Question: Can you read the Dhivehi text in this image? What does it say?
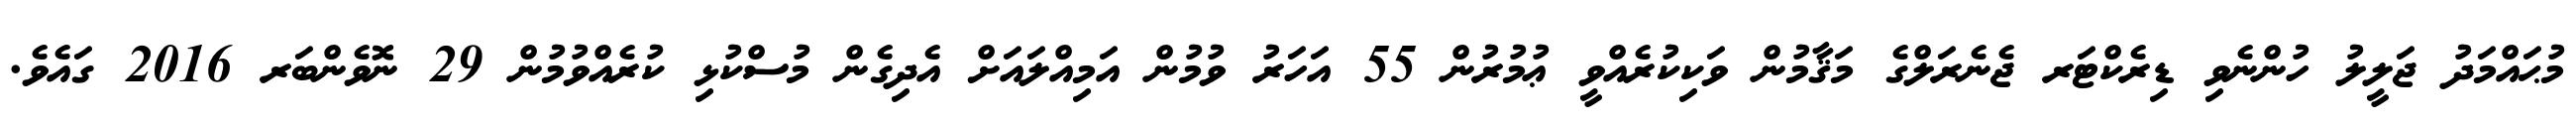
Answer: މުޙައްމަދު ޖަލީލު ހުންނެވި ޑިރެކްޓަރ ޖެނެރަލްގެ މަޤާމުން ވަކިކުރެއްވީ ޢުމުރުން 55 އަހަރު ވުމުން އަމިއްލައަށް އެދިގެން މުސްކުޅި ކުރެއްވުމުން 29 ނޮވެންބަރ 2016 ގައެވެ.